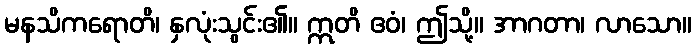
မနသိကရောတိ၊ နှလုံးသွင်း၏။ ဣတိ ဧဝံ၊ ဤသို့။ အာဂတာ၊ လာသော။